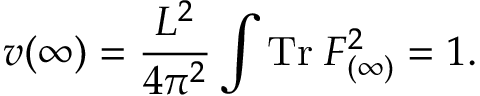
v ( \infty ) = \frac { L ^ { 2 } } { 4 \pi ^ { 2 } } \int \mathrm { T r } \; F _ { ( \infty ) } ^ { 2 } = 1 .